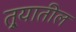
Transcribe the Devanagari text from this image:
तुर्‍यातील